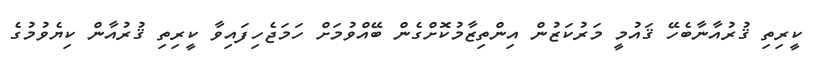
ކީރިތި ޤުރުއާނާބެހޭ ޤައުމީ މަރުކަޒުން އިންތިޒާމުކޮށްގެން ބޭއްވުމަށް ހަމަޖެހިފައިވާ ކީރިތި ޤުރުއާން ކިޔެވުމުގެ